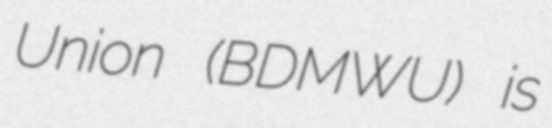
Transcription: Union (BDMWU) is